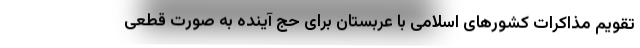
تقویم مذاکرات کشورهای اسلامی با عربستان برای حج آینده به صورت قطعی